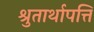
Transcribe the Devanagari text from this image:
श्रुतार्थापत्ति